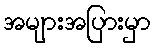
အများအပြားမှာ